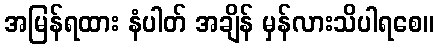
အမြန်ရထား နံပါတ် အချိန် မှန်လားသိပါရစေ။